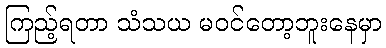
ကြည့်ရတာ သံသယ မဝင်တော့ဘူးနေမှာ